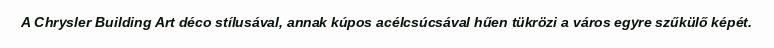
A Chrysler Building Art déco stílusával, annak kúpos acélcsúcsával hűen tükrözi a város egyre szűkülő képét.